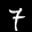
Label: 7